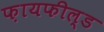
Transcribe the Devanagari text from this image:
फ़ायफील्ड